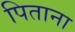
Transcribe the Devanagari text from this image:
पिताना